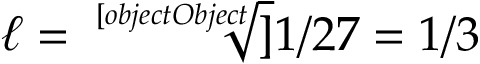
\ell = { \sqrt [ [object Object] ] { 1 / 2 7 } } = 1 / 3